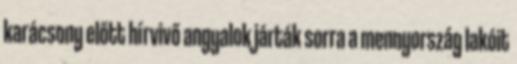
karácsony előtt hírvivő angyalok járták sorra a mennyország lakóit